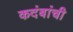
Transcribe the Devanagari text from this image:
कदंबांची